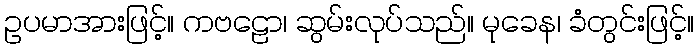
ဥပမာအားဖြင့်။ ကဗဠော၊ ဆွမ်းလုပ်သည်။ မုခေန၊ ခံတွင်းဖြင့်။